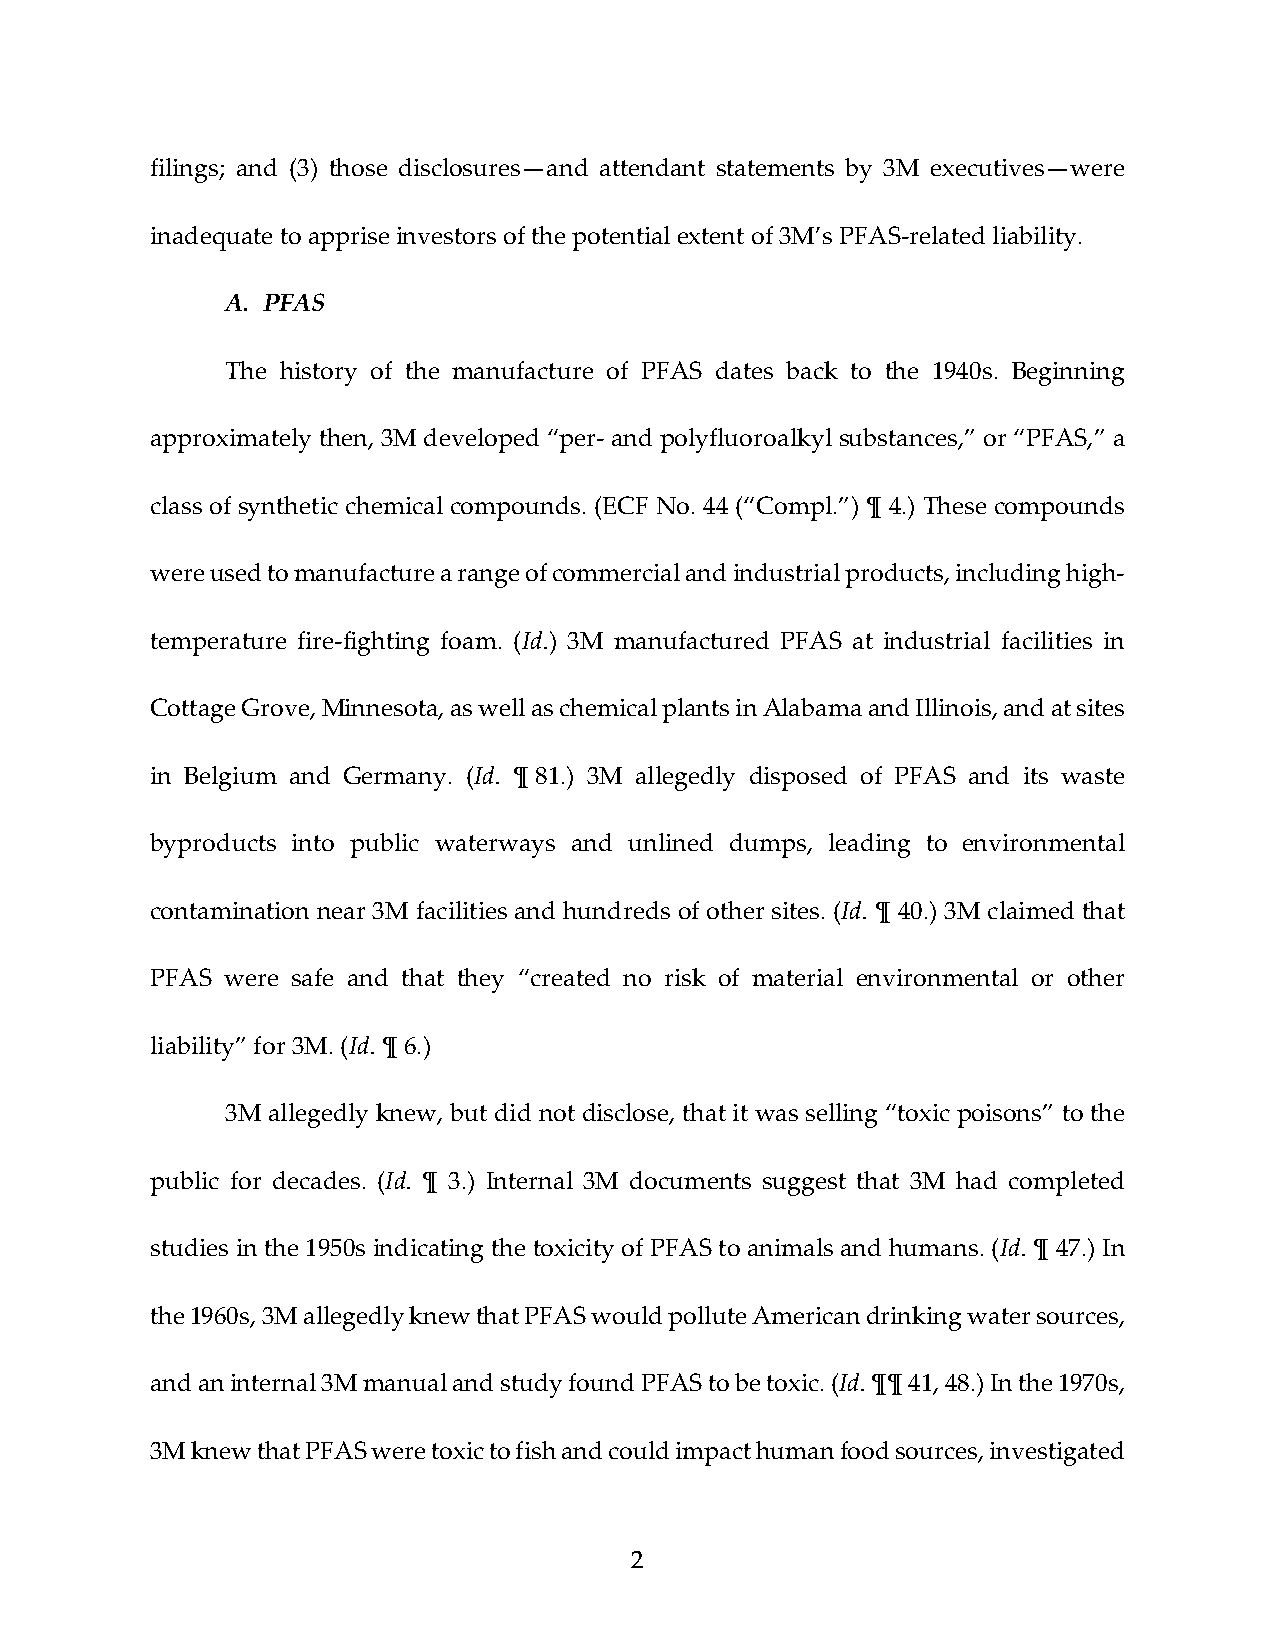
filings; and (3) those disclosures—and attendant statements by 3M executives—were
 inadequate to apprise investors of the potential extent of 3M’s PFAS‐related liability.
 A. PFAS
 The history of the manufacture of PFAS dates back to the 1940s. Beginning
 approximately then, 3M developed “per‐ and polyfluoroalkyl substances,” or “PFAS,” a
 class of synthetic chemical compounds. (ECF No. 44 (“Compl.”) ¶ 4.) These compounds
 were used to manufacture a range of commercial and industrial products, including high‐
 temperature fire‐fighting foam. (Id.) 3M manufactured PFAS at industrial facilities in
 Cottage Grove, Minnesota, as well as chemical plants in Alabama and Illinois, and at sites
 in Belgium and Germany. (Id. ¶ 81.) 3M allegedly disposed of PFAS and its waste
 byproducts into public waterways and unlined dumps, leading to environmental
 contamination near 3M facilities and hundreds of other sites. (Id. ¶ 40.) 3M claimed that
 PFAS were safe and that they “created no risk of material environmental or other
 liability” for 3M. (Id. ¶ 6.)
 3M allegedly knew, but did not disclose, that it was selling “toxic poisons” to the
 public for decades. (Id. ¶ 3.) Internal 3M documents suggest that 3M had completed
 studies in the 1950s indicating the toxicity of PFAS to animals and humans. (Id. ¶ 47.) In
 the 1960s, 3M allegedly knew that PFAS would pollute American drinking water sources,
 and an internal 3M manual and study found PFAS to be toxic. (Id. ¶¶ 41, 48.) In the 1970s,
 3M knew that PFAS were toxic to fish and could impact human food sources, investigated
 2